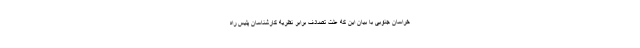
خراسان جنوبی با بیان این که علت تصادف برابر نظریه کارشناسان پلیس راه